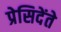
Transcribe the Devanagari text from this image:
प्रेसिदेंते